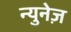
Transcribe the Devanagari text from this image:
न्युनेज़